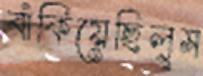
বাঁকিয়েছিলুম